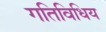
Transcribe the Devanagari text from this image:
गतिविधिय